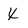
Character: X